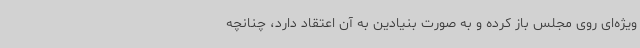
ویژه‌ای روی مجلس باز کرده و به صورت بنیادین به آن اعتقاد دارد، چنانچه